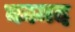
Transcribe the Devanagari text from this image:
कामद